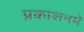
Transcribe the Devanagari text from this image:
प्रकाशनमें